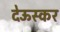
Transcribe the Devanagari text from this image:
देऊस्कर